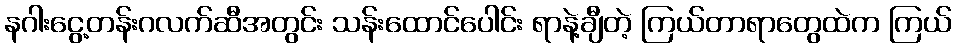
နဂါးငွေ့တန်းဂလက်ဆီအတွင်း သန်းထောင်ပေါင်း ရာနဲ့ချီတဲ့ ကြယ်တာရာတွေထဲက ကြယ်